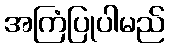
အကြံပြုပါမည်